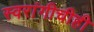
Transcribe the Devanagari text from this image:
स्वरांगीचीही